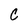
Character: C